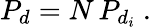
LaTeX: P_{d}=N\, P_{d_{i}}~.